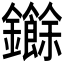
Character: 𮣧